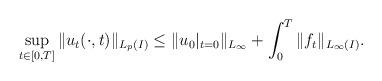
LaTeX: \begin{align*} \sup_{t\in[0,T]} \|u_t(\cdot,t)\|_{L_p(I)} \leq \|u_0|_{t=0} \|_{L_\infty}+ \int_0^T \|f_t\|_{L_\infty(I)}.\end{align*}